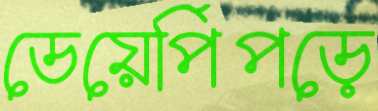
ডেয়েপিঁপড়ে